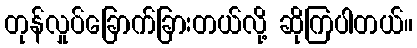
တုန်လှုပ်ခြောက်ခြားတယ်လို့ ဆိုကြပါတယ်။